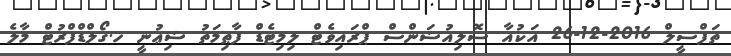
ތަފްސީލް 2016-12-26 އަކުއާ ސޮލިއުޝަންސް ޕްރައިވެޓް ލިމިޓެޑް ފާޠިމަތު ޝިޢުނީ ހ.ގޯލްޑްފްރުޓް މާލެ